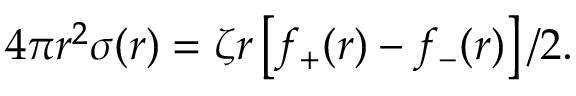
4 \pi r ^ { 2 } \sigma ( r ) = \zeta r \left[ f _ { + } ( r ) - f _ { - } ( r ) \right] / 2 .